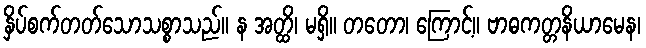
နှိပ်စက်တတ်သောသစ္စာသည်။ န အတ္ထိ၊ မရှိ။ တတော၊ ကြောင့်။ ဗာဓကတ္တနိယာမေန၊